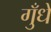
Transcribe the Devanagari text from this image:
गुँधे